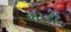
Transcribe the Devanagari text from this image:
गोद्दर्द